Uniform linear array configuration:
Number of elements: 16
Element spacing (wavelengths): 0.75
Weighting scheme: exponential
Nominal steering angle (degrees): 30
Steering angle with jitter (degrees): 31.326
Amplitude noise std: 0.05
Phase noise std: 0.05

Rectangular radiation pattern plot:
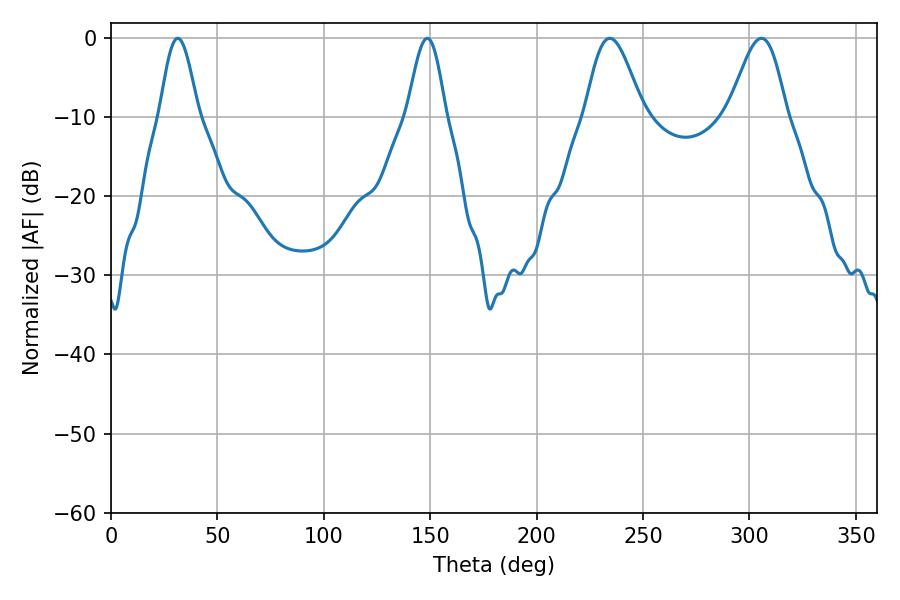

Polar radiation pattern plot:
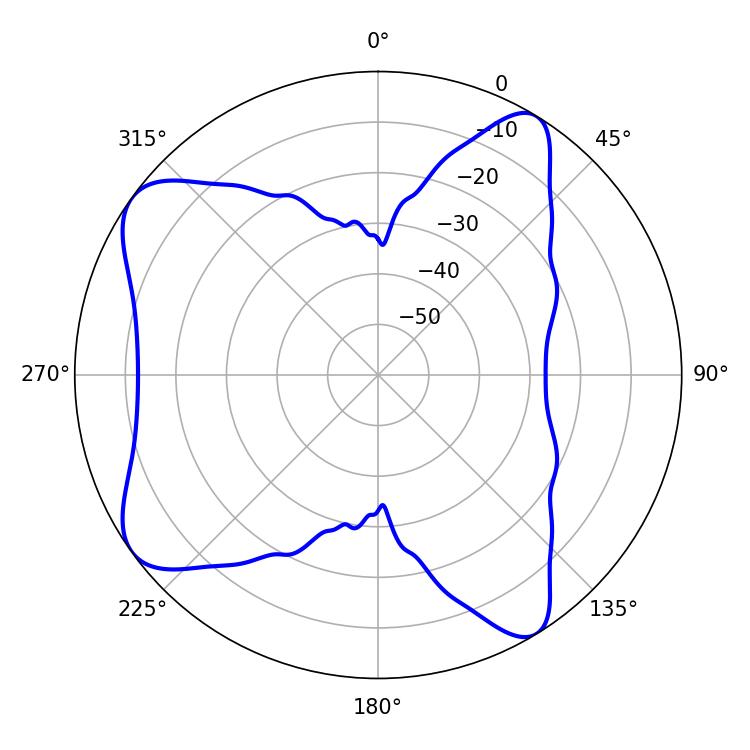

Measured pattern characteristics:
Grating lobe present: TRUE
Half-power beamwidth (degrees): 14.58
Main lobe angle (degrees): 305.64